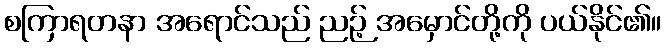
စကြာရတနာ အရောင်သည် ညဉ့် အမှောင်တို့ကို ပယ်နိုင်၏။